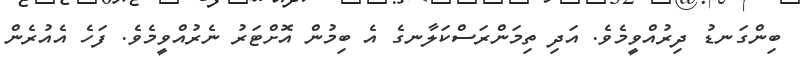
ބިންގަނޑު ދިރުއްވީމެވެ. އަދި ތިމަންރަސްކަލާނގެ އެ ބިމުން އޮށްޓަރު ނެރުއްވީމެވެ. ފަހެ އެއުރެން